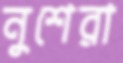
নুশেরা